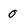
Character: O